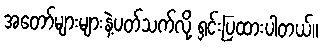
အတော်များများနဲ့ပတ်သက်လို့ ရှင်းပြထားပါတယ်။